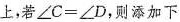
上，若$$∠ C = ∠ D$$，则添加下